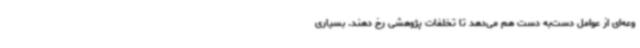
وعه‌ای از عوامل دست‌به دست هم می‌دهد تا تخلفات پژوهشی رخ دهند. بسیاری